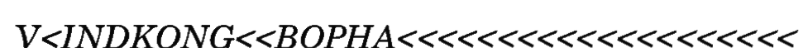
V<INDKONG<<BOPHA<<<<<<<<<<<<<<<<<<<<